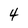
Character: 4